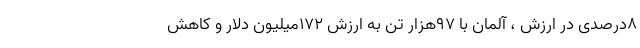
8درصدی در ارزش ، آلمان با 97هزار تن به ارزش 172میلیون دلار و کاهش